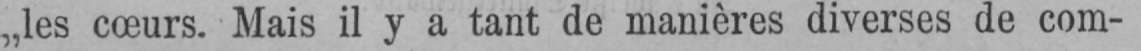
„les cœurs. Mais il y a tant de manières diverses de com-